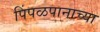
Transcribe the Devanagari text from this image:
पिंपळपानाच्या